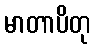
မာတာပိတု